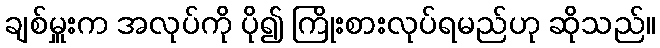
ချစ်မှူးက အလုပ်ကို ပို၍ ကြိုးစားလုပ်ရမည်ဟု ဆိုသည်။